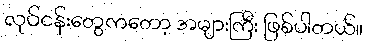
လုပ်ငန်းတွေကတော့ အများကြီး ဖြစ်ပါတယ်။